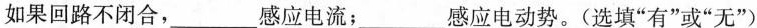
如果回路不闭合，___感应电流；___感应电动势。(选填”有”或”无”)